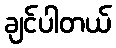
ချင်ပါတယ်